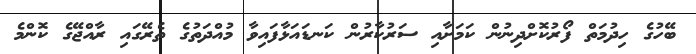
ބޭހުގެ ހިދުމަތް ފޯރުކޮށްދިނުން ކަމަށާއި ސަރުކާރުން ކަނޑައަޅާފައިވާ މުއްދަތުގެ ތެރޭގައި ރާއްޖޭގެ ކޮންމެ